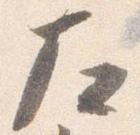
左